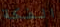
الفكة